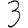
Digit: 3